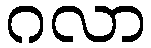
ဂလာ